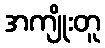
အကျိုးတူ